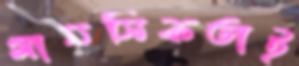
মানসিকতাই